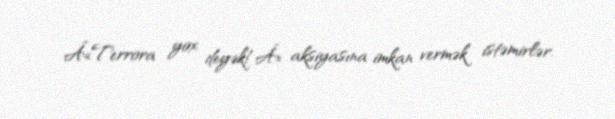
Â«Terrora yox deyək!Â» aksiyasına imkan vermək istəmirlər.